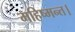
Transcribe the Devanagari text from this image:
महिष्मन्त।